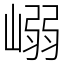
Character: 嵶